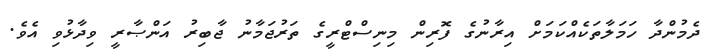
ދެމުންދާ ހަމަލާތަކެއްކަމަށް އިރާނުގެ ފޮރިން މިނިސްޓްރީގެ ތަރުޖަމާނު ޖާބިރު އަންޞާރީ ވިދާޅުވި އެވެ.